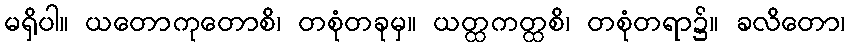
မရှိပါ။ ယတောကုတောစိ၊ တစုံတခုမှ။ ယတ္ထကတ္ထစိ၊ တစုံတရာ၌။ ခလိတော၊